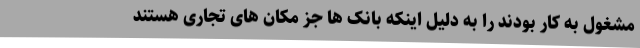
مشغول به کار بودند را به دلیل اینکه بانک ها جز مکان های تجاری هستند